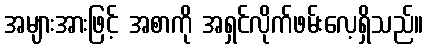
အများအားဖြင့် အစာကို အရှင်လိုက်ဖမ်းလေ့ရှိသည်။